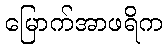
မြောက်အာဖရိက